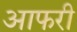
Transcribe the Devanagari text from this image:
आफरी